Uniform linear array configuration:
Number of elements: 32
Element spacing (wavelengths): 0.75
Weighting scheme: hamming
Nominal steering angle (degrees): -45
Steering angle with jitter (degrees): -43.822
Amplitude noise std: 0.05
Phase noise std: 0.05

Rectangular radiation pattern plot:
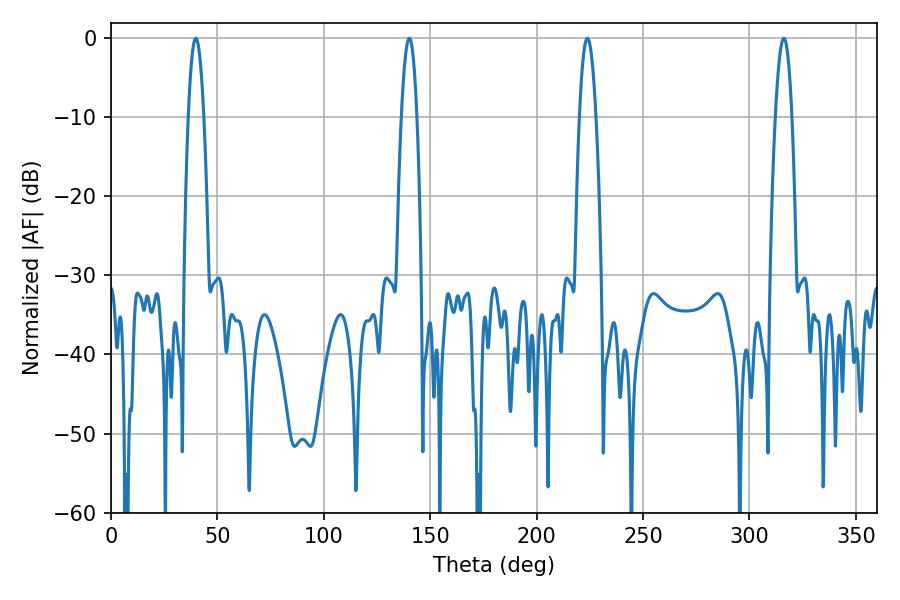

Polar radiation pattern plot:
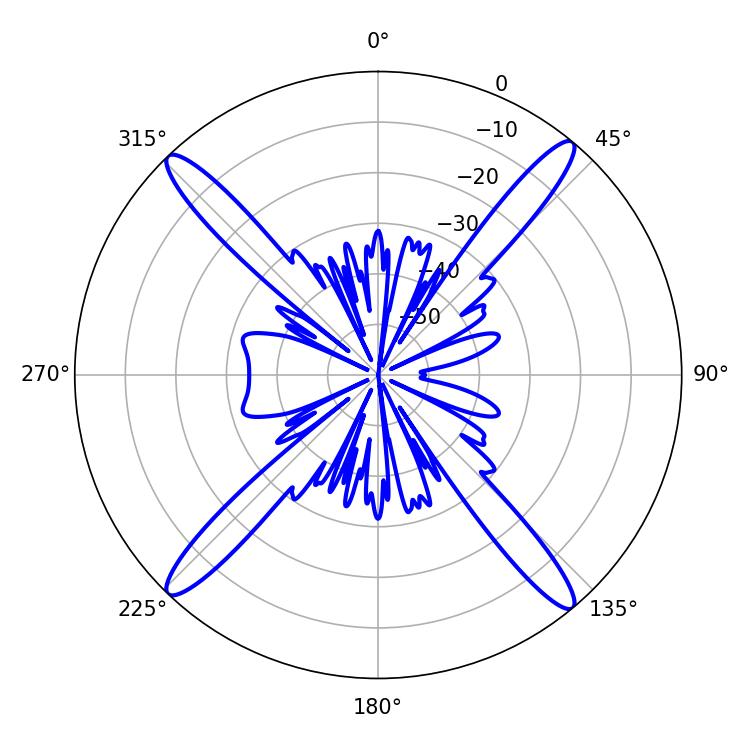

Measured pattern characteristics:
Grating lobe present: TRUE
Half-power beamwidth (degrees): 4.14
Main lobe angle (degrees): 39.78